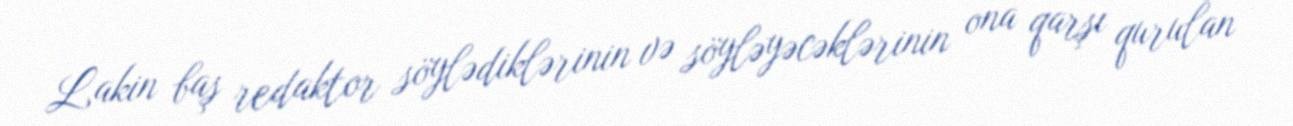
Lakin baş redaktor söylədiklərinin və söyləyəcəklərinin ona qarşı qurulan